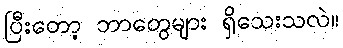
ပြီးတော့ ဘာတွေများ ရှိသေးသလဲ။